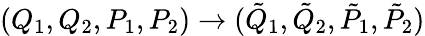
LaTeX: (Q_{1},Q_{2},P_{1},P_{2})\rightarrow(\tilde{Q}_{1},\tilde{Q}_{2},\tilde{P}_{1},\tilde{P}_{2})